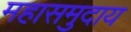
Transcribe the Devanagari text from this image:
महासमुदाय